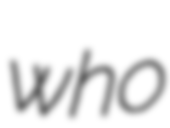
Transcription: who